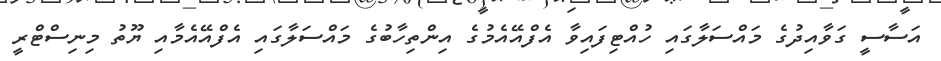
އަސާސީ ގަވާއިދުގެ މައްސަލާގައި ހުއްޓިފައިވާ އެފްއޭއެމުގެ އިންތިހާބުގެ މައްސަލާގައި އެފްއޭއެމާއި ޔޫތު މިނިސްޓްރީ